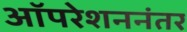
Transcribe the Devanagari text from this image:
ऑपरेशननंतर